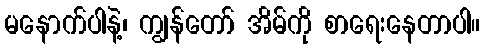
မနောက်ပါနဲ့၊ ကျွန်တော် အိမ်ကို စာရေးနေတာပါ။